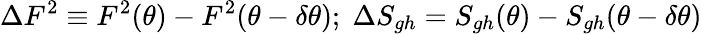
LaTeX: \Delta F^{2}\equiv F^{2}(\theta)-F^{2}(\theta-\delta\theta);\; \Delta S_{gh}=S_{gh}(\theta)-S_{gh}(\theta-\delta\theta)